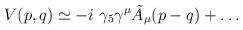
LaTeX: \begin{align*}V(p,q)\simeq -i\ \gamma_5\gamma^\mu\tilde A_\mu (p-q)+\dots\end{align*}